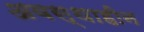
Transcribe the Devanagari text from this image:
अवस्थाहीन